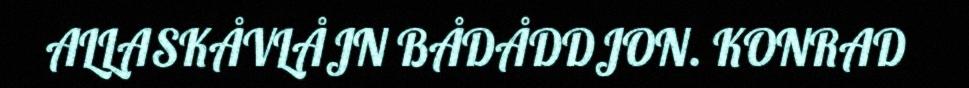
ALLASKÅVLÅJN BÅDÅDDJON. KONRAD